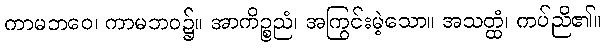
ကာမဘဝေ၊ ကာမဘဝ၌။ အာကိဉ္စညံ၊ အကြွင်းမဲ့သော။ အသတ္ထံ၊ ကပ်ညိ၏။